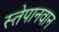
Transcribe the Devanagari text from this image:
स्तेपानवान